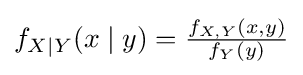
\textstyle f_{X\mid Y}(x\mid y)={\frac {f_{X,Y}(x,y)}{f_{Y}(y)}}